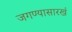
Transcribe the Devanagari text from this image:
जगण्यासारखं